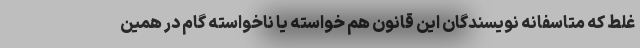
غلط که متاسفانه نویسندگان این قانون هم خواسته یا ناخواسته گام در همین